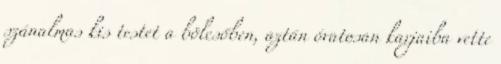
szánalmas kis testet a bölcsőben, aztán óvatosan karjaiba vette